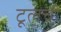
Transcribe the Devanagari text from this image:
टूलची